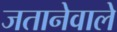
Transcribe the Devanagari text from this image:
जतानेवाले